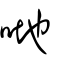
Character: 哋